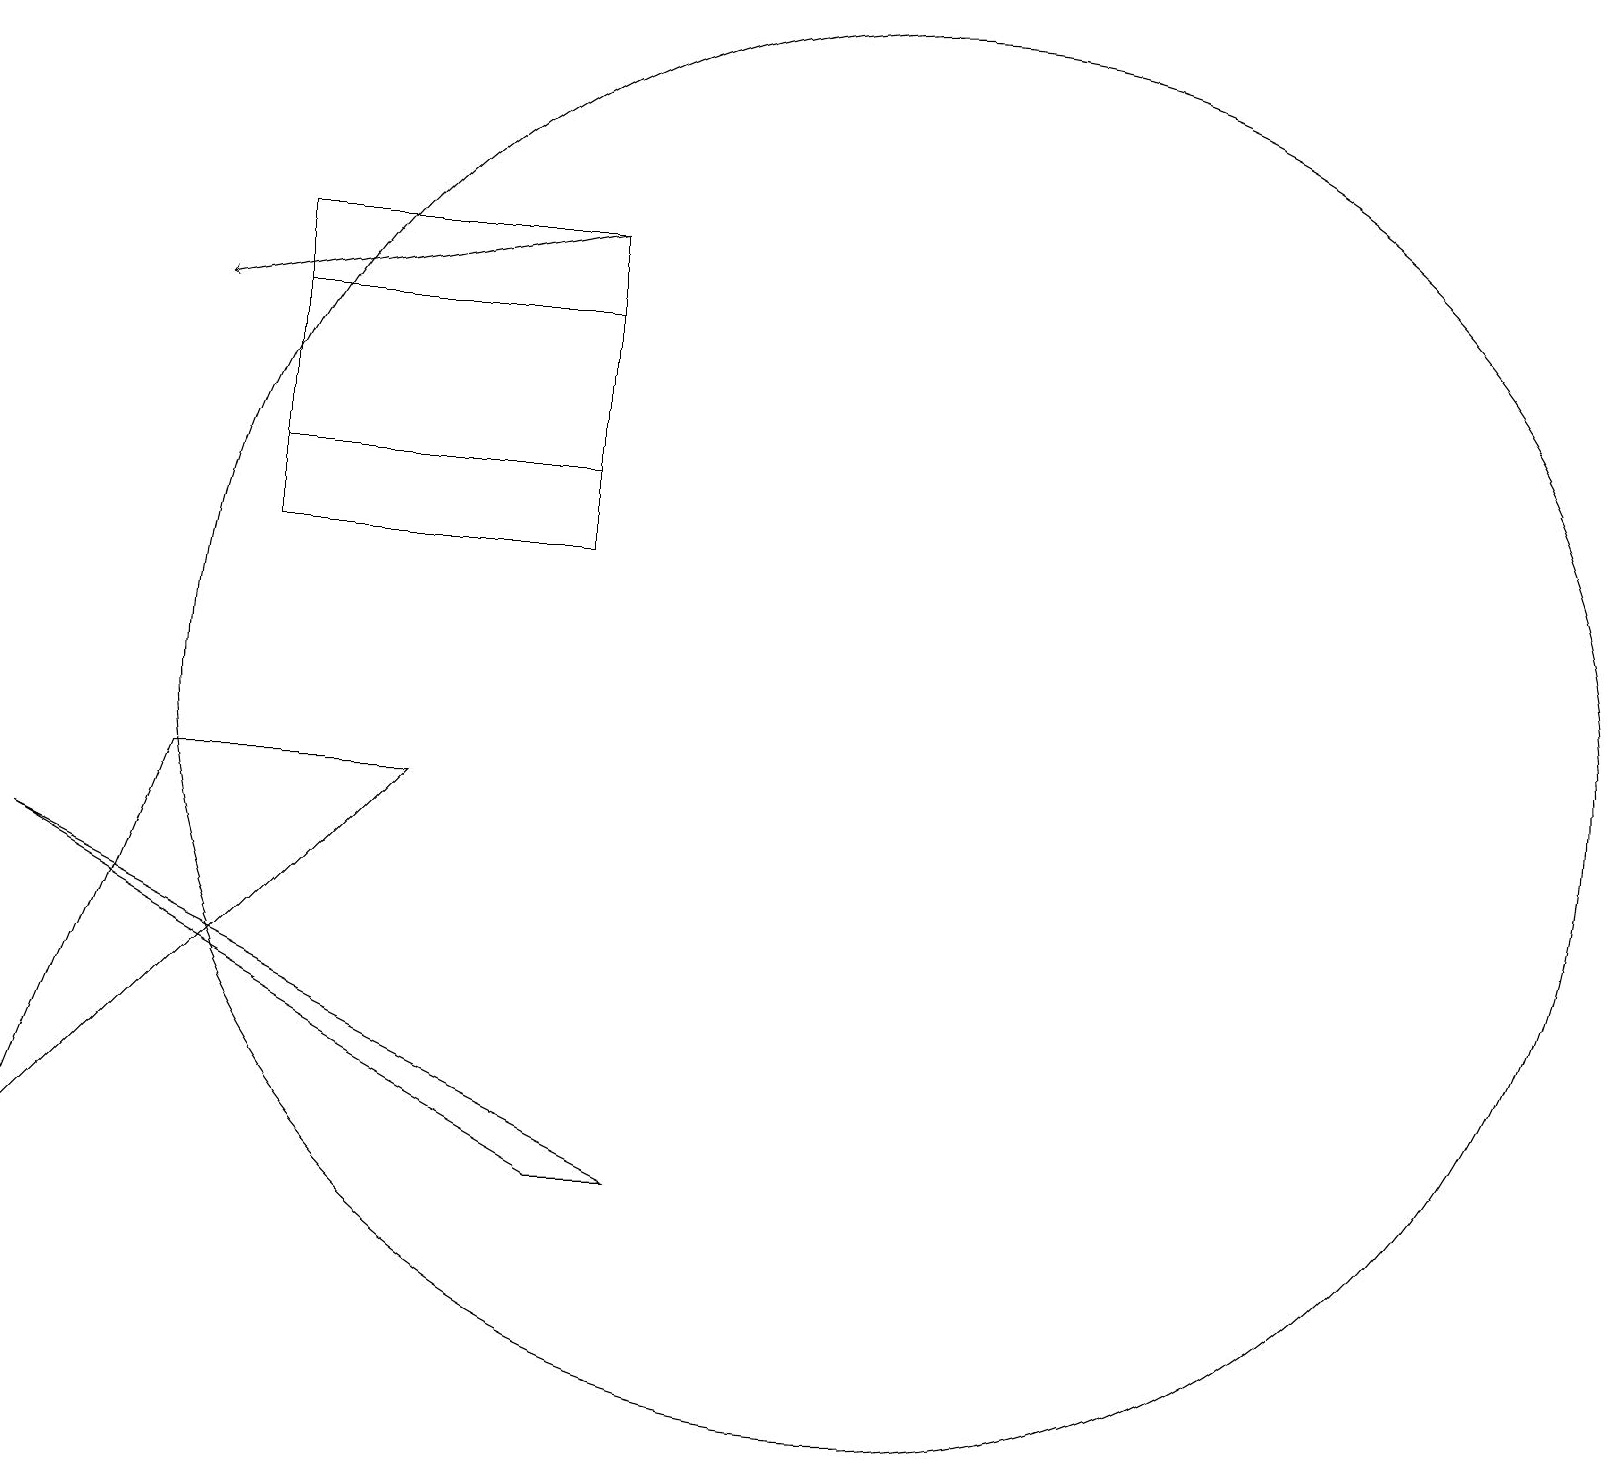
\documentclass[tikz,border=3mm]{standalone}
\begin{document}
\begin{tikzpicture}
\draw (4,16) rectangle (8,12);
\draw[->] (8,16) -- (3,15);
\draw (12,10) circle (9);
\draw (1,4) -- (3,9) -- (6,9) -- cycle;
\draw (8,13) rectangle (4,15);
\draw (9,4) -- (1,8) -- (8,4) -- cycle;
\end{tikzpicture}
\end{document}